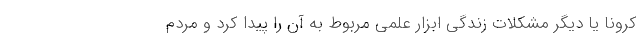
کرونا یا دیگر مشکلات زندگی ابزار علمی مربوط به آن را پیدا کرد و مردم